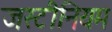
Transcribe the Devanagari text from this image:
जस्टीनियम